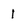
Character: 1